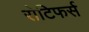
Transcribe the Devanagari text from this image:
रोटिफर्स